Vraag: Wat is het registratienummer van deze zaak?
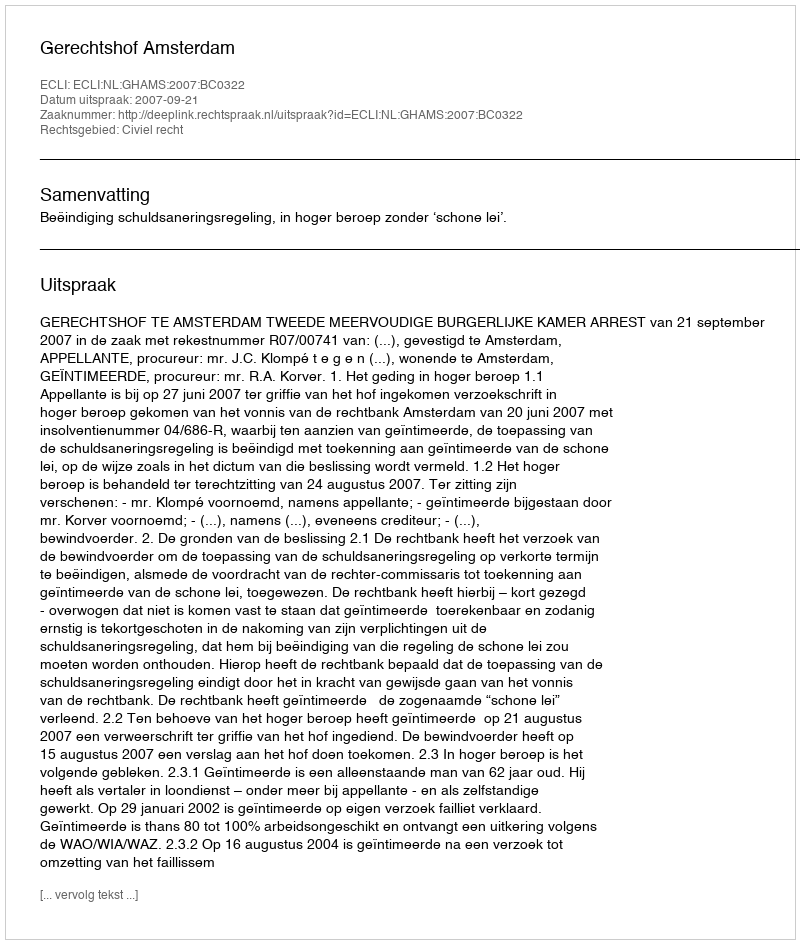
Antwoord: http://deeplink.rechtspraak.nl/uitspraak?id=ECLI:NL:GHAMS:2007:BC0322